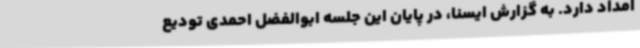
امداد دارد. به گزارش ایسنا، در پایان این جلسه ابوالفضل احمدی تودیع